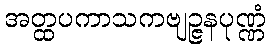
အတ္ထပကာသကဗျဉ္ဇနပုဏ္ဏံ